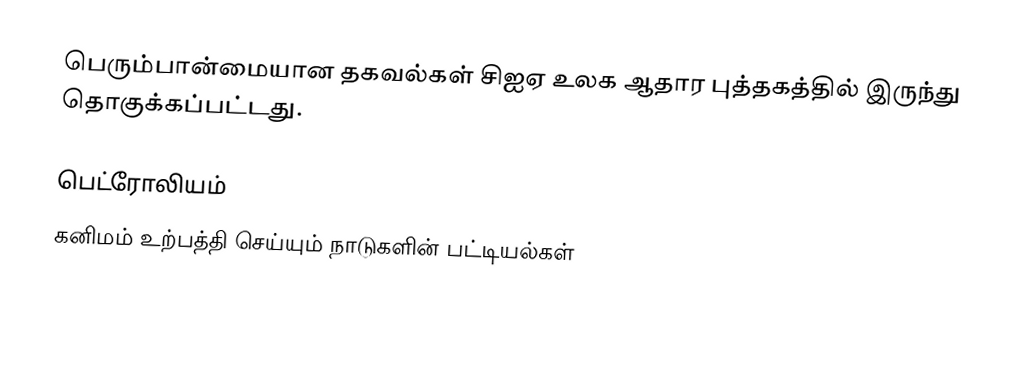
பெரும்பான்மையான தகவல்கள் சிஐஏ உலக ஆதார புத்தகத்தில் இருந்து தொகுக்கப்பட்டது.

பெட்ரோலியம்
கனிமம் உற்பத்தி செய்யும் நாடுகளின் பட்டியல்கள்